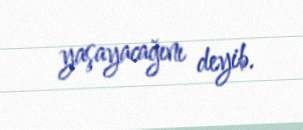
yaşayacağını deyib.